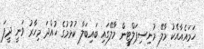
ހަމައެއާއެކު މާލޭ މުނިސިޕަލްޓީން މާލޭގައި ބައިބަލާ ކުޅުމުގެ ހުއްދަ މިހާރު ވަނީ ދީފަ